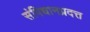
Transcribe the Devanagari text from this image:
संपिधानप्रदत्त